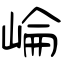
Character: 崘